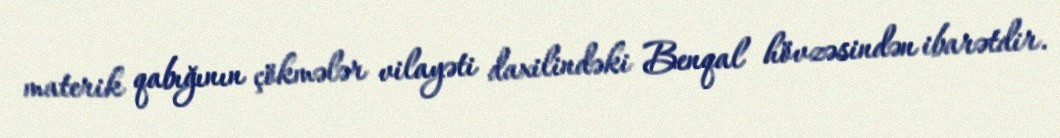
materik qabığının çökmələr vilayəti daxilindəki Benqal hövzəsindən ibarətdir.